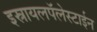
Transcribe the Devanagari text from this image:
इस्रायलपॅलेस्टाईन